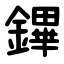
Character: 鏎